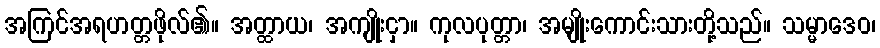
အကြင်အရဟတ္တဖိုလ်၏။ အတ္ထာယ၊ အကျိုးငှာ။ ကုလပုတ္တာ၊ အမျိုးကောင်းသားတို့သည်။ သမ္မာဒေဝ၊